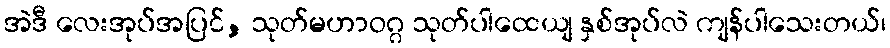
အဲဒီ လေးအုပ်အပြင်, သုတ်မဟာဝဂ္ဂ သုတ်ပါထေယျ နှစ်အုပ်လဲ ကျန်ပါသေးတယ်၊